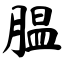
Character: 腽